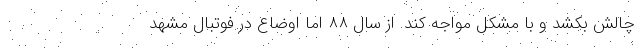
چالش بکشد و با مشکل مواجه کند. از سال ۸۸ اما اوضاع در فوتبال مشهد